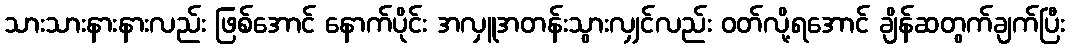
သားသားနားနားလည်း ဖြစ်အောင် နောက်ပိုင်း အလှူအတန်းသွားလျှင်လည်း ဝတ်လို့ရအောင် ချိန်ဆတွက်ချက်ပြီး